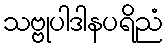
သဗ္ဗုပါဒါနပရိညံ